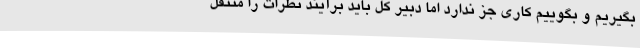
بگیریم و بگوییم کاری جز ندارد اما دبیر کل باید برآیند نظرات را منتقل